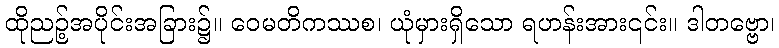
ထိုညဉ့်အပိုင်းအခြား၌။ ဝေမတိကဿစ၊ ယုံမှားရှိသော ရဟန်းအား၎င်း။ ဒါတဗ္ဗော၊